Report on vaccination in Madras 1895-1903 - 1895-1903
Year: 1895
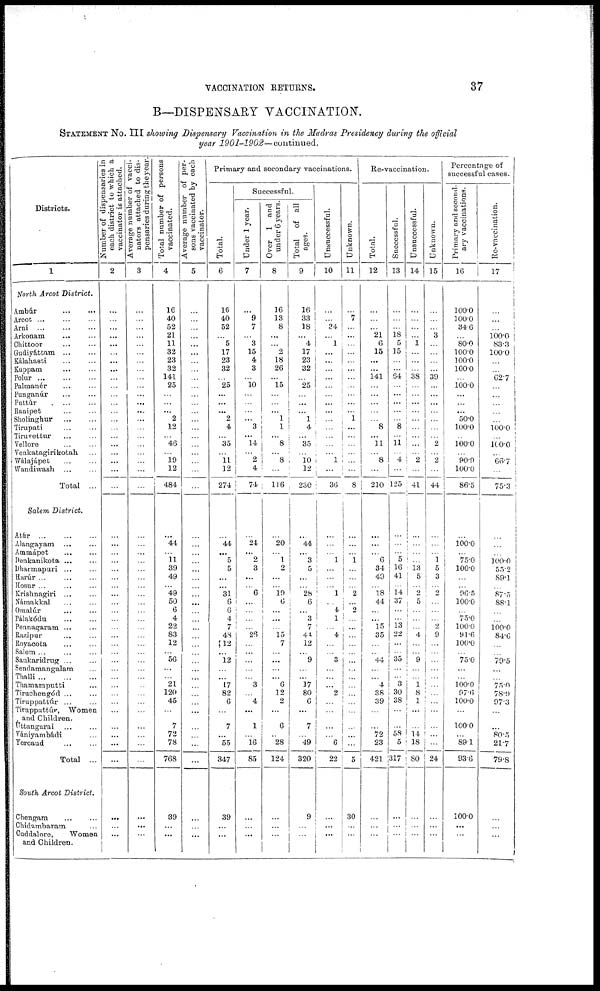
VACCINATION RETURNS.
37
B—DISPENSARY VACCINATION.
STATEMENT No.III showing Dispensary Vaccination in the Madras Presidency during the official
year 1901-1902—continued.
Districts.
1
North Arcot District.
Ambúr
...
...
Arcot
...
...
...
Arni
...
...
...
Arkonam
...
...
Chittoor
...
...
Gudiyáttam
...
...
Kálahasti
...
...
Kuppam
...
...
Polur
...
...
...
Palmanér ... ...
Punganúr ... ...
Puttúr
...
...
Ranipet
...
...
Sholinghur
...
...
Tirupati
...
...
Tiruvettur
...
...
Vellore ... ...
Venkatagirikotah ...
Wálajápet ... ...
Wandiwash
...
...
Total ...
Salem. District.
Atúr
...
...
...
Alangayam ... ...
Ammápet ... ...
Penkanikota ... ...
Dharmapuri ... ...
Harúr ... ... ...
Hosur ... ... ...
Krishnagiri ... ...
Mámakkal ... ...
Omalúr ... ...
Pálakódu
...
...
Pennagaram ... ...
Razipur ... ...
Royacota ... ...
Salem
...
...
...
Sankaridrug ... ...
Sendamangalam ...
Thalli
...
...
...
Thamamputti ...
Tiruchengód ... ...
Tiruppattúr
...
...
Tiruppattúr, Women
and Children.
Úttangarai ... ...
Vániyambádi ...
Yercaud ... ...
Total ...
South Arcot District.
Chengam ... ...
Chidambaram ...
Cuddalore,
Women
and Children.
Number of dispensaries in
each district to which a
vaccinator is attached.
2
...
...
...
...
...
...
...
...
...
...
...
...
...
...
...
... ...
...
...
...
...
...
...
... ...
...
...
...
...
...
...
...
...
...
...
... ...
...
...
...
...
...
...
... ...
...
...
...
...
...
Average number of vacci-
nators attached to dis-
pensaries during the year.
3
...
...
...
...
...
...
...
...
...
...
...
...
...
...
...
...
...
...
... ...
...
...
... ...
...
...
...
...
...
...
...
...
...
...
...
...
...
...
...
...
...
...
...
...
...
...
...
...
...
...
Total number of persons
vaccinated.
4
16
40
52
21
11
32
23
32
141
25
...
... ...
2
12
... 46
... 19
12
484
...
44
... 11 39
49
... 49
50
6
4
22
83
12
... 56
...
... 21
120
45
...
7
72
78
768
39
...
...
Average number of per-
sons vaccinated by each
vaccinator.
5
...
...
...
...
...
...
...
...
...
...
...
...
...
...
...
...
...
...
...
...
...
...
...
...
...
...
...
...
... ...
...
... ...
...
...
...
... ...
...
...
...
... ...
...
... ...
...
...
... ...
Primary and secondary vaccinations.
Total.
6
16
40
52
...
5
17
23
32
...
25
...
...
...
2
4
... 35
... 11
12
274
...
44
...
5
5
...
... 31
6
6
4
7
48
12
...
12
... ...
17
82
6
...
7
...
55
347
39
...
...
Successful.
Under 1 year.
7
...
9
7
...
3
15
4
3
...
10
...
...
...
...
3
... l4
...
2
4
74
...
24
...
2
3
...
... 6
...
... ...
... 26
...
...
...
...
... 3
... 4
...
1
... 16
85
...
...
...
Over 1 and
under 6 years.
8
16
13
8
...
...
2
18
26
...
15
...
...
...
1
1
...
8
...
8
...
116
...
20
... 1
2
... ...
19
6
... ...
... 15
7
... ...
...
... 6
12
2
...
6
... 28
124
...
...
...
Total of all
ages.
9
16
33
18
...
4
17
23
32
...
25
...
...
...
l
4
... 35
... 10
12
230
...
44
...
3
5
... ...
28
6
... 3
7
41
12
... 9
...
... 17
80
6
...
7
... 49
320
9
...
...
Unsuccessful.
10
...
...
34
...
1
...
... ...
...
...
...
...
...
...
...
...
...
... 1
...
36
...
...
... 1
...
...
... 1
... 4
1
... 4
...
... 3
...
... ...
2
...
...
...
...
6
22
...
...
...
Unknown.
11
...
7
...
...
...
...
...
...
...
...
...
...
...
1
...
...
...
...
...
...
8
...
...
... 1
...
...
... 2
... 2
...
...
... ...
...
... ...
...
...
...
...
...
... ...
...
5
30
...
...
Re-vaccination.
Total.
12
...
...
...
21
6
15
...
...
141
...
...
...
...
... 8
...
11
... 8
...
210
...
...
... 6
34
49
... 18
44
... ...
15
35
...
... 44
...
... 4
38
39
...
... 72
23
421
...
...
...
Successful.
13
...
...
...
18
5
15
...
...
64
...
...
...
...
... 8
...
11
... 4
...
125
...
...
... 5
16
41
...
14
37
...
... 13
22
...
... 35
...
... 3
30
38
...
... 58
5
317
...
...
...
Unsuccessful.
14
...
...
...
...
1
...
...
...
38
...
...
...
...
...
... ...
...
... 2
...
41
...
...
... ...
13
5
...
2
5
...
...
... 4
...
... 9
...
... 1
8
1
...
...
14
18
80
...
...
...
Unknown.
15
...
...
...
3
...
...
...
...
39
...
...
...
...
...
...
... 2
... 2
...
44
...
...
... 1
5
3
... 2
...
...
... 2
9
...
...
...
... ...
...
...
... ...
...
...
...
24
...
...
...
Percentage of
successful cases.
Primary and second-
ary vaccinations.
16
100.0
100.0
34.6
...
80.0
100.0
100.0
100.0
...
100.0
...
... ...
50.0
100.0
... 100.0
... 90.9
100.0
86.5
...
100.0
... 75.0
100.0
...
... 96.5
100.
... 75.0
100.0
91.6
100.0
... 75.0
...
... 100.0
97.6
100.0
...
100.0
... 89.1
93.6
100.0
...
...
Re-vaccination.
17
...
...
...
100.0
83.3
100.0
...
...
62.7
...
...
...
...
... 100.0
...
100.0
...
66.7
...
75.3
...
...
... 100.0
55.2
89.1
... 87.5
88.1
...
... 100.0
84.6
...
... 79.5
...
... 75.0
78.9
97.3
...
... 80.5
21.7
79.8
...
...
...